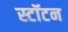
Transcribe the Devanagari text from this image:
स्टॉटन